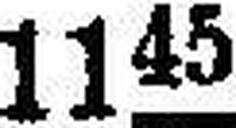
11«